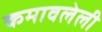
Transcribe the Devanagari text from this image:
कमावलेली